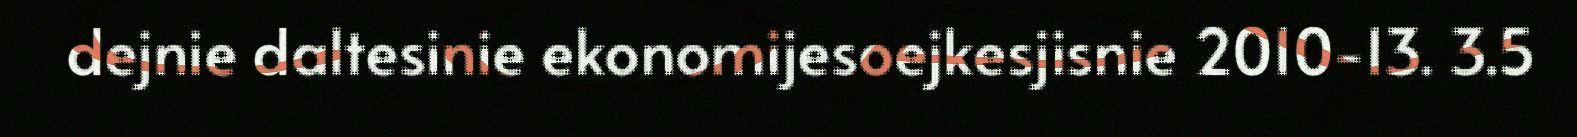
dejnie daltesinie ekonomijesoejkesjisnie 2010-13. 3.5